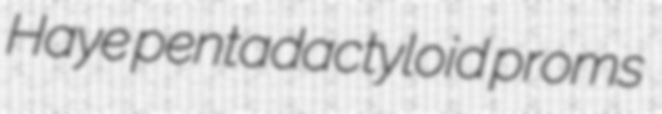
Haye pentadactyloid proms